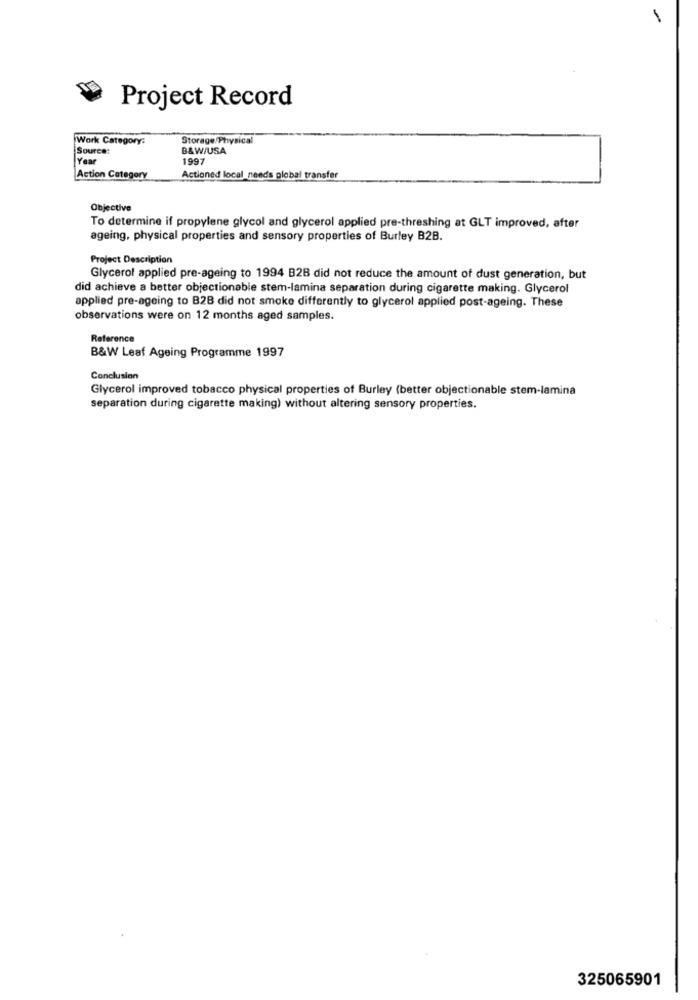
1
Project Record
Work Category:
Storage/Physical
Source:
B&W/USA
Year
1997
Action Category
Actioned local_needs plobal transfer
Objective
To determine if propylene glycol and glycerol applied pre-threshing at GLT improved, after
ageing, physical properties and sensory properties of Burley B2B.
Project Description
Glycerol applied pre-ageing to 1994 B2B did not reduce the amount of dust generation, but
did achieve a better objectionable stem-lamina separation during cigarette making. Glycerol
applied pre-ageing to B2B did not smoke differently to glycerol applied post-ageing. These
observations were on 12 months aged samples.
Reference
B&W Leaf Ageing Programme 1997
Conclusion
Glycerol improved tobacco physical properties of Burley (better objectionable stem-lamina
separation during cigarette making) without altering sensory properties.
325065901